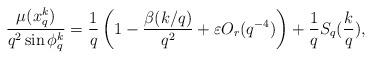
LaTeX: \begin{align*} \frac {\mu(x^k_q)} {q^2 \sin \phi_q^k} = \frac{1}{q} \left (1- \frac{\beta(k/q)}{q^2} + \varepsilon O_r(q^{-4}) \right ) + \frac{1}{q} S_q(\frac{k}{q}), \end{align*}